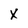
Character: X